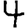
Digit: 4